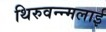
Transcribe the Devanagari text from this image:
थिरुवन्न्मलाई